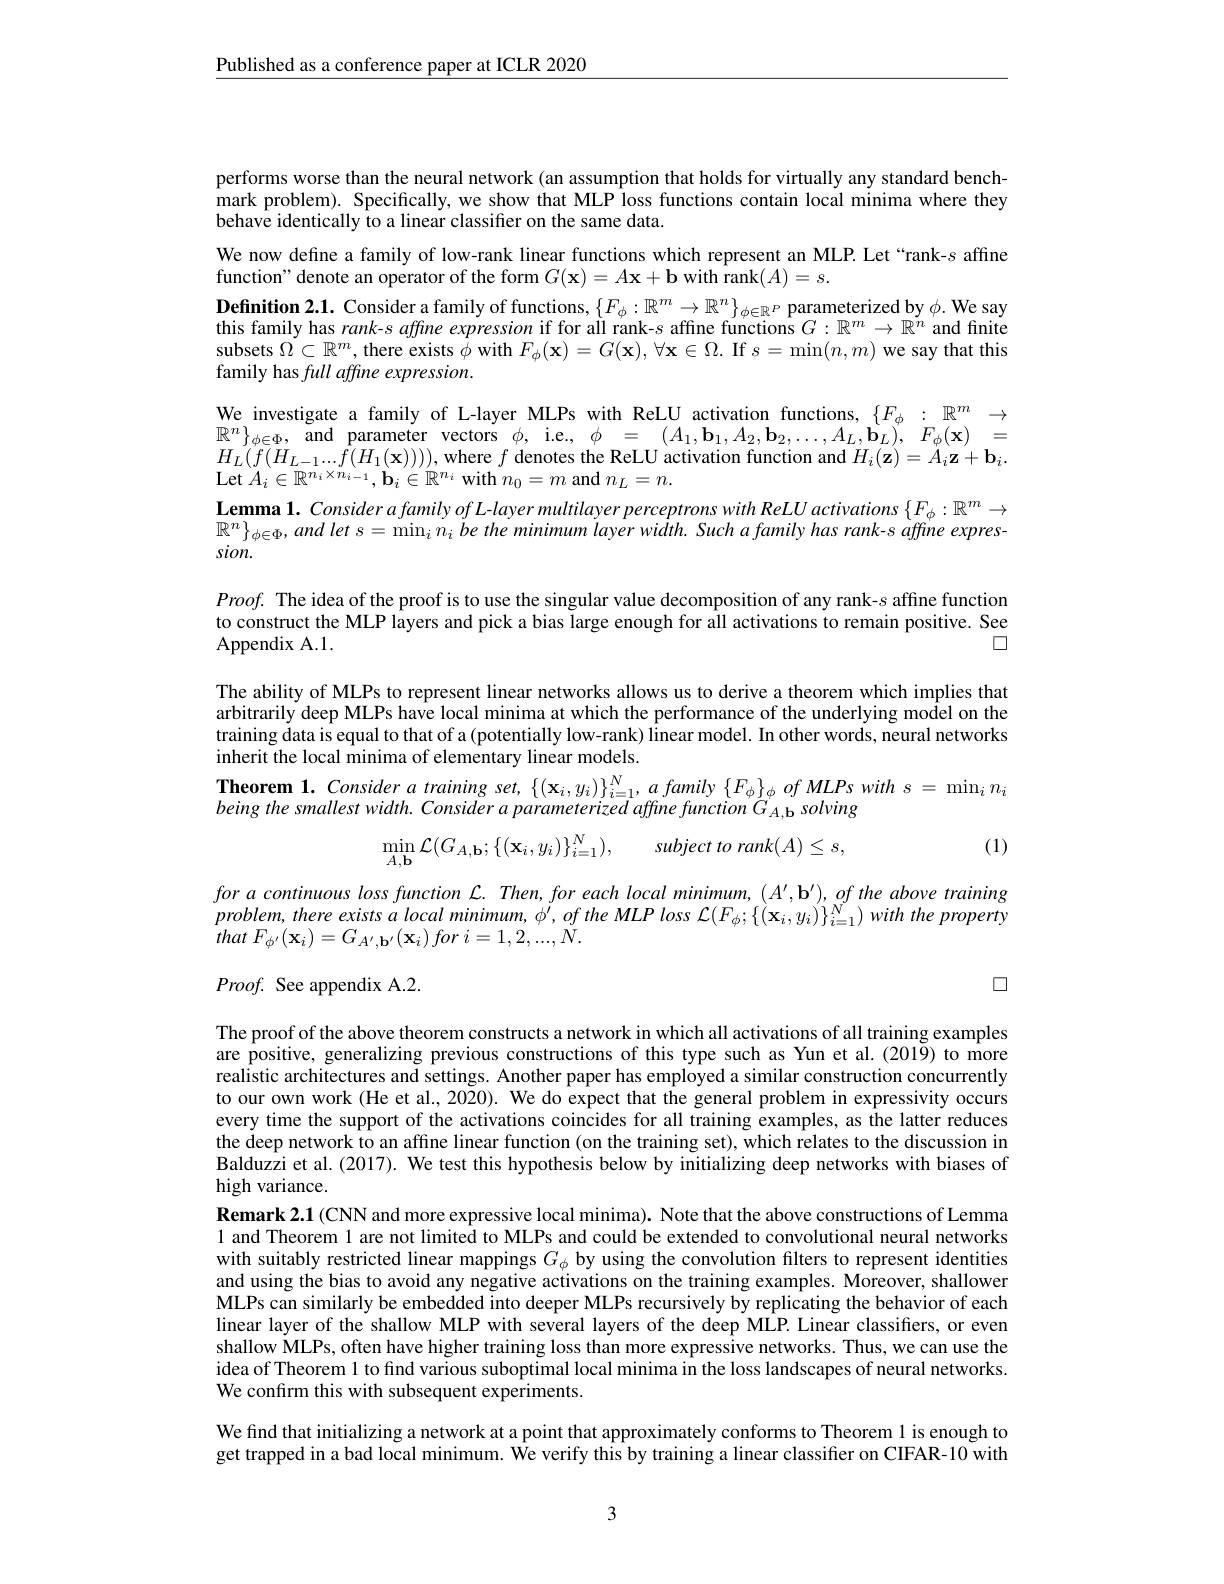
$\underline{\text{Published as a conference paper at ICLR 2020}}$

performs worse than the neural network (an assumption that holds for virtually any standard benchmark problem). Specifically, we show that MLP loss functions contain local minima where they behave identically to a linear classifer on the same data.
We now define a family of low-rank linear functions which represent an MLP. Let“rank-s affine
function" denote an operator of the form $G(\mathbf{x})=A\mathbf{x}+\mathbf{b}$ with rank$(A)=s.$
Definition 2.1. Consider a family of functions, $\{F_\phi:\mathbb{R}^m\to\mathbb{R}^n\}_{\phi\in\mathbb{R}^P}$ parameterized by $\phi.$ We say this family has $rank- s\textit{affine expression if for all rank- }s$ affine functions $G:\mathbb{R}^m\to\mathbb{R}^n$ and finite $\begin{array}{c}\mathrm{subsets~}\Omega\subset\mathbb{R}^{m},\text{there exists }\phi\text{ with }F_{\phi}(\mathbf{x})=G(\mathbf{x}),\forall\mathbf{x}\in\Omega.\mathrm{~If~}s=\min(n,m)\text{ we say that this}\end{array}$ family has full affine expression.
We investigate a family of L-layer MLPs with ReLU activation functions, $\{F_\phi:\mathbb{R}^m\to$ $\mathbb{R}^n\}_{\phi\in\Phi}$, and parameter vectors $\phi$, i.e., $\phi = ( A_1, \mathbf{b} _1, A_2, \mathbf{b} _2, \ldots , A_L, \mathbf{b} _L) , F_\phi ( \mathbf{x} )$ = $H_{L}(f(H_{L-1}...f(H_{1}(\mathbf{x}))))$,where $f$ denotes the ReLU activation function and $H_i(\mathbf{z})=A_i\mathbf{z}+\mathbf{b}_i.$ Let $A_{i}\in \mathbb{R} ^{n_{i}\times n_{i- 1}}, \mathbf{b} _{i}\in \mathbb{R} ^{n_{i}}$ with $n_0=m$ and $n_L=n.$
$\textbf{Lemma 1. Consider a family of L- layer multilayer perceptrons with ReLU activations }\{ F_\phi : \mathbb{R} ^m\to$ $\mathbb{R} ^n\} _{\phi \in \Phi }, and\textit{let s= min}_in_i\textit{be the minimum layer width. Such a family has rank- s affine expres- }$ sion.

$Proof.$ The idea of the proof is to use the singular value decomposition of any rank-s affine function to construct the MLP layers and pick a bias large enough for all activations to remain positive. See Appendix A.1.
$\square$

The ability of MLPs to represent linear networks allows us to derive a theorem which implies that arbitrarily deep MLPs have local minima at which the performance of the underlying model on the training data is equal to that of a (potentially low-rank) linear model. In other words, neural networks inherit the local minima of elementary linear models.
Theorem $1. \textit{Consider a training set, }\{ ( \mathbf{x} _{i}, y_{i}) \} _{i= 1}^{N}, \textit{a family }\{ F_{\phi }\} _{\phi }\textit{of MLPs with s = min}_{i}n_{i}$
being the smallest width. Consider a parameterized affine function G solving

(1)
$$\min\limits_{A,\mathbf{b}}\mathcal{L}(G_{A,\mathbf{b}};\{(\mathbf{x}_i,y_i)\}_{i=1}^N),\quad subject\:to\:rank(A)\leq s,$$
$foracontinuouslossfunction~\mathcal{L}.Then,foreach~local~minimum,~(A^{\prime},\mathbf{b}^{\prime}),~of~the~above~training$ $problem, there$ exists $a$ local $minimum$, $\phi ^{\prime }, of$ the $MLP$ loss $\mathcal{L} ( F_{\phi }; \{ ( \mathbf{x} _{i}, y_{i}) \} _{i= 1}^{N})$ with the property that $F_{\phi ^{\prime }}( \mathbf{x} _{i}) = G_{A^{\prime }, \mathbf{b} ^{\prime }}( \mathbf{x} _{i}) for$ $i= 1, 2, . . . , N.$

$\square$

Proof. See appendix A.2.

The proof of the above theorem constructs a network in which all activations of all training examples are positive, generalizing previous constructions of this type such as Yun et al.(2019) to more realistic architectures and settings. Another paper has employed a similar construction concurrently to our own work (He et al., 2020). We do expect that the general problem in expressivity occurs every time the support of the activations coincides for all training examples, as the latter reduces the deep network to an affine linear function (on the training set), which relates to the discussion in Balduzzi et al.(2017). We test this hypothesis below by initializing deep networks with biases of high variance.
$\textbf{Remark 2. 1 ( CNN and more expressive local minima) . Note that the above constructions of Lemma}$ 1 and Theorem 1 are not limited to MLPs and could be extended to convolutional neural networks with suitably restricted linear mappings $G_\phi$ by using the convolution filters to represent identities and using the bias to avoid any negative activations on the training examples. Moreover, shallower MLPs can similarly be embedded into deeper MLPs recursively by replicating the behavior of each linear layer of the shallow MLP with several layers of the deep MLP. Linear classiffers, or even shallow MLPs, often have higher training loss than more expressive networks. Thus, we can use the idea of Theorem l to find various suboptimal local minima in the loss landscapes of neural networks. We confirm this with subsequent experiments.
We find that initializing a network at a point that approximately conforms to Theorem 1 is enough to get trapped in a bad local minimum. $\hat{\text{We verifythisbytrainingalinearclassifieronCIFAR-10with}}$

3